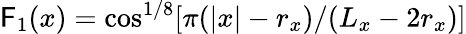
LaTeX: \mathsf{F}_{1}(x)=\cos^{1/8}[\pi(|{x}|-r_{x})/(L_{x}-2r_{x})]